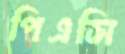
পিএসি